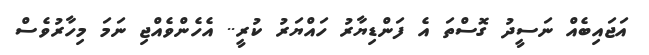
އަޖައިބެއް ނަސީދު ގޮސްތަ އެ ފަންޑިޔާރު ހައްޔަރު ކުރީ.. އެހެންވެއްޖި ނަމަ މިހާރުވެސް